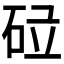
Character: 𱳷